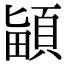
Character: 𩒵